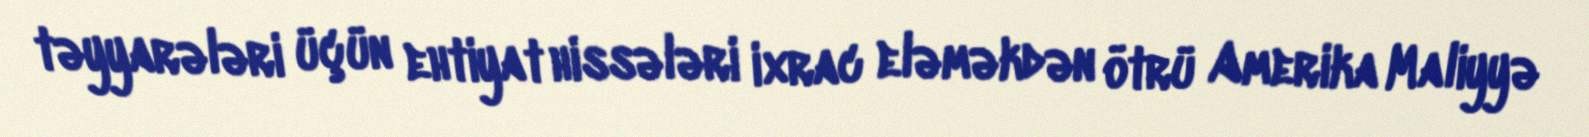
təyyarələri üçün ehtiyat hissələri ixrac eləməkdən ötrü Amerika Maliyyə